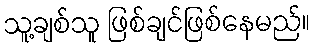
သူ့ချစ်သူ ဖြစ်ချင်ဖြစ်နေမည်။